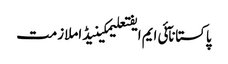
پاکستانآئی ایم ایفتعلیمکینیڈاملازمت